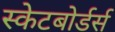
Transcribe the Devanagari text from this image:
स्केटबोर्डर्स